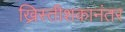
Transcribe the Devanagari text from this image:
ख्रिस्तीशकानंतर